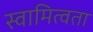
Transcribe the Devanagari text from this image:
स्वामित्वता